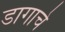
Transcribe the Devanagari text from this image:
डागाचे